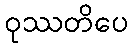
ဝုဿတိပေ